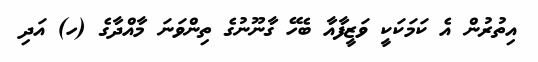
އިތުރުން އެ ކަމަކަކީ ވަޒީފާއާ ބެހޭ ގާނޫނުގެ ތިންވަނަ މާއްދާގެ (ހ) އަދި